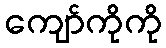
ကျော်ကိုကို